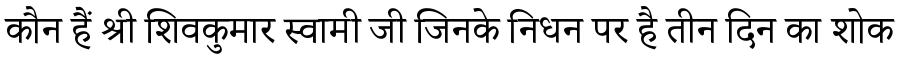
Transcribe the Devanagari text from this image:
कौन हैं श्री शिवकुमार स्वामी जी जिनके निधन पर है तीन दिन का शोक